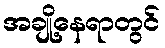
အချို့နေရာတွင်